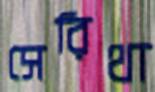
সেরিথা